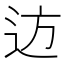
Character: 䢍